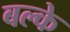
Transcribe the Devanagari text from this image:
बल्के